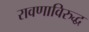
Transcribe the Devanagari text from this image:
रावणाविरुद्ध